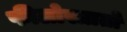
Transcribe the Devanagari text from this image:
फीलोस्त्रातो